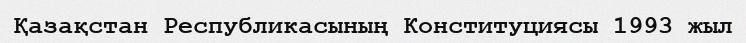
Қазақстан Республикасының Конституциясы 1993 жыл